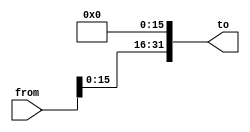
module ShiftLeft16b(
    from,
    to
);
    input wire [31:0] from;
    output wire [31:0] to;

    assign to = {from[15:0], 16'b0};
endmodule